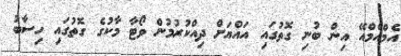
އެމްއެމްއޭ އިން ބުނި ގޮތުގައި އައްޔަށް ދިއްކުރުމުން ވޯޓާ މާކުގެ ގޮތުގައި ހިސާބު